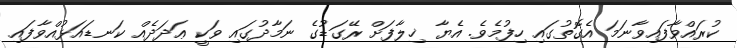
ކުރައްވާފައިވާނަމަ އެގޮތުގައި ހިފުމެވެ. އެޔާ ޚިލާފަށް ރޭގަޑުގެ ނަމާދުގައި ވަކީ ޢަދަދެއް ކަނޑައަޅުއްވާފައި